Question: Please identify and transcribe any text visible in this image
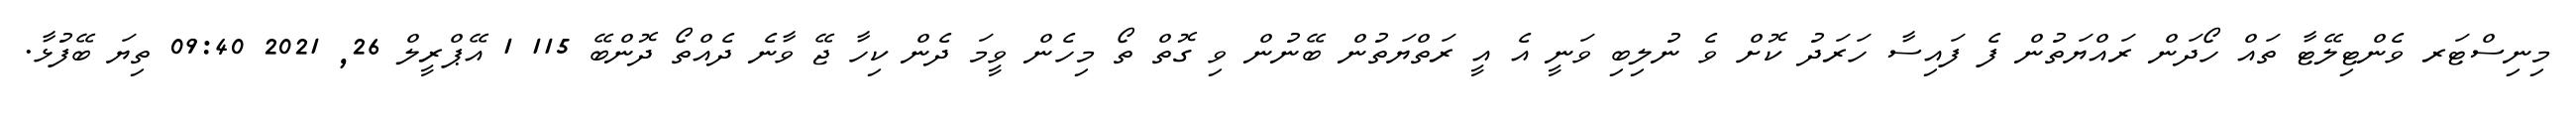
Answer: މިނިސްޓަރ ވެންޓިލޭޓާ ތައް ހޯދަން ރައްޔަތުން ފެ ފައިސާ ހަރަދު ކޮށް ވެ ނުލިބި ވަނީ އެ އީ ރަތްޔަތުން ބޭނުން ވި ގޮތް ތޯ މިހެން ވީމަ ދެން ކިހާ ޖޭ ވާނެ ދެއްތޯ ދޮންބޭ 115 1 އޭޕްރީލް 26, 2021 09:40 ތިޔަ ބޭފުޅާ.